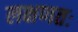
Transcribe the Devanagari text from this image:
लक्षणतः